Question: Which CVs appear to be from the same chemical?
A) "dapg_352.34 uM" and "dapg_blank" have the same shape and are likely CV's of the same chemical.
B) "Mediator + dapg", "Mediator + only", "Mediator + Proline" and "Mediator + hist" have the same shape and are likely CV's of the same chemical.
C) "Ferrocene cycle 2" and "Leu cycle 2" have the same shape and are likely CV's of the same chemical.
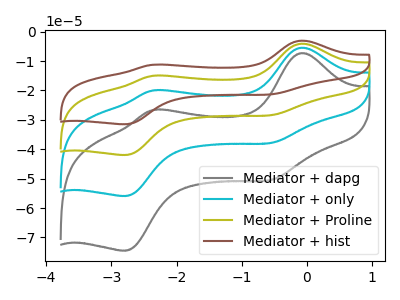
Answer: <think>The gray curve "Mediator + dapg" has anodic peaks at (-0.10V, -7.30uA) (-2.35V, -26.65uA) and cathodic peaks at (-0.55V, -50.45uA) (-2.80V, -74.50uA). The cyan curve "Mediator + only" has anodic peaks at (-0.10V, -5.45uA) (-2.35V, -20.00uA) and cathodic peaks at (-0.55V, -37.85uA) (-2.80V, -55.90uA). The olive curve "Mediator + Proline" has anodic peaks at (-0.10V, -10.95uA) (-2.35V, -40.05uA) and cathodic peaks at (-0.55V, -75.75uA) (-2.80V, -111.85uA). The brown curve "Mediator + hist" has anodic peaks at (-0.10V, -16.40uA) (-2.35V, -60.05uA) and cathodic peaks at (-0.55V, -113.60uA) (-2.80V, -167.75uA).
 All the peaks in "Mediator + dapg" have a peak in "Mediator + only" at the same potential. All the peaks in "Mediator + dapg" have a peak in "Mediator + Proline" at the same potential. All the peaks in "Mediator + dapg" have a peak in "Mediator + hist" at the same potential. All the peaks in "Mediator + only" have a peak in "Mediator + Proline" at the same potential. All the peaks in "Mediator + only" have a peak in "Mediator + hist" at the same potential. All the peaks in "Mediator + Proline" have a peak in "Mediator + hist" at the same potential.</think>
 <answer>B) "Mediator + dapg", "Mediator + only", "Mediator + Proline" and "Mediator + hist" have the same shape and are likely CV's of the same chemical.</answer>
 <eval>B</eval>